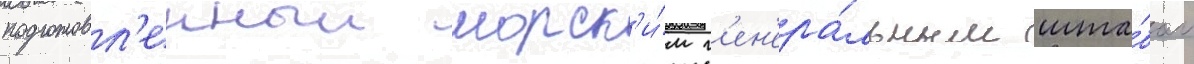
подготовл'енныи морск'и́м г'ен'ера́льным шта́бом